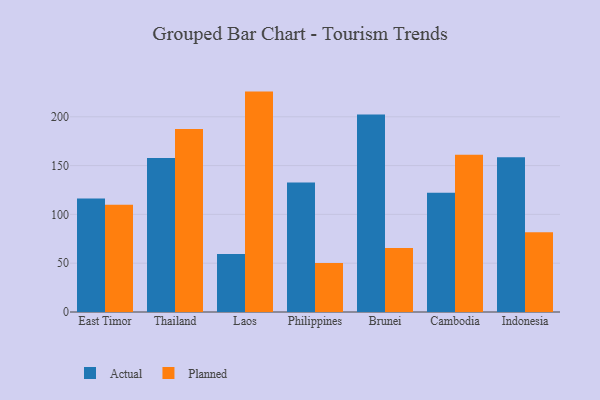
{"axis": {"x": "Country", "y": "Operating Costs (USD K)"}, "legend": ["Actual", "Planned"], "data": [{"x": "East Timor", "y": 116.4, "type": "Actual"}, {"x": "East Timor", "y": 110.0, "type": "Planned"}, {"x": "Thailand", "y": 157.7, "type": "Actual"}, {"x": "Thailand", "y": 187.6, "type": "Planned"}, {"x": "Laos", "y": 59.5, "type": "Actual"}, {"x": "Laos", "y": 225.8, "type": "Planned"}, {"x": "Philippines", "y": 132.6, "type": "Actual"}, {"x": "Philippines", "y": 50.3, "type": "Planned"}, {"x": "Brunei", "y": 202.4, "type": "Actual"}, {"x": "Brunei", "y": 65.6, "type": "Planned"}, {"x": "Cambodia", "y": 122.1, "type": "Actual"}, {"x": "Cambodia", "y": 161.2, "type": "Planned"}, {"x": "Indonesia", "y": 158.6, "type": "Actual"}, {"x": "Indonesia", "y": 81.6, "type": "Planned"}]}